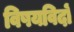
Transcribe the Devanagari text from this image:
विषयविदों